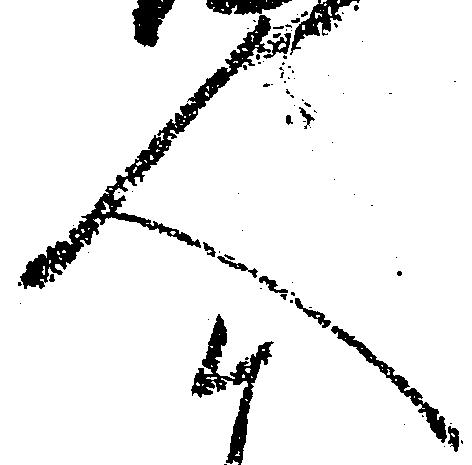
人